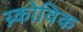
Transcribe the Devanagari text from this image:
य्न्कोविक